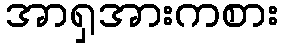
အာရှအားကစား